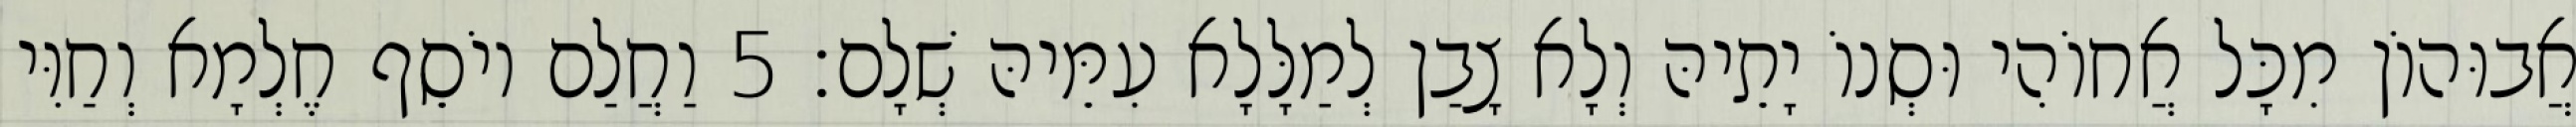
אֲבוּהוֹן מִכָּל אֲחוֹהִי וּסְנוֹ יָתֵיהּ וְלָא צָבַן לְמַלָּלָא עִמֵּיהּ שְׁלָם׃ 5 וַחֲלַם יוֹסֵף חֶלְמָא וְחַוִּי